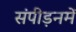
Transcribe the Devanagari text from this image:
संपीड़नमें